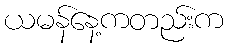
ယမန်နေ့ကတည်းက